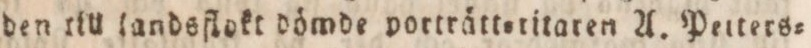
den till landsflokt dömde porträtt=titaren A. Petters=